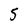
Character: 5